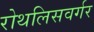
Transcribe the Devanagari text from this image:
रोथलिसवर्गर